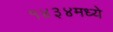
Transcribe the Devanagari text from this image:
१४३४मध्ये